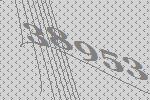
38953